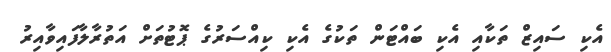
އެކި ސައިޒް ތަކާއި އެކި ބައްޓަން ތަކުގެ އެކި ކިއްސަރުގެ ޕޮޓުތަށް އަތުރާލާފައިވާއިރު